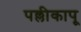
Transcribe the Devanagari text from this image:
पल्लीकापू